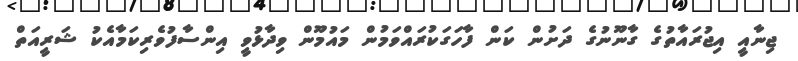
ޖިނާއީ އިޖުރައާތުގެ ގާނޫނުގެ ދަށުން ކަން ފާހަަގަކުރައްވަމުން މައުމޫން ވިދާޅުވީ އިންސާފުވެރިކަމާއެކު ޝަރީއަތް